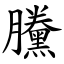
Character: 黱